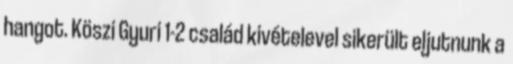
hangot. Köszi Gyuri 1-2 család kivételevel sikerült eljutnunk a